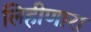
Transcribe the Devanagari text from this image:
लिहीणारा